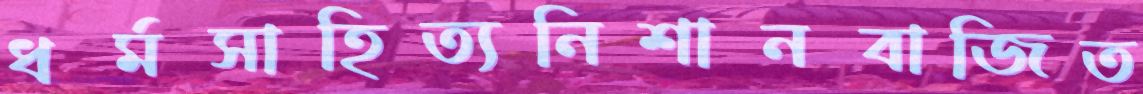
ধর্মসাহিত্যনিশানবাজিত